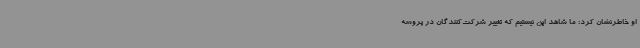
او خاطرنشان کرد: ما شاهد این نیستیم که تغییر شرکت‌کنندگان در پروسه